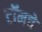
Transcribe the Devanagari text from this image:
टॉमचे